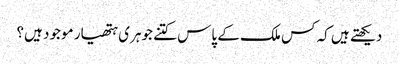
دیکھتے ہیں کہ کس ملک کے پاس کتنے جوہری ہتھیار موجود ہیں؟